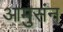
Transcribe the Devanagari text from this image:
आमुसंन